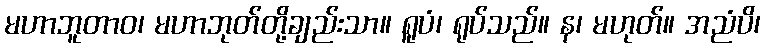
မဟာဘူတာဝ၊ မဟာဘုတ်တို့ချည်းသာ။ ရူပံ၊ ရုပ်သည်။ န၊ မဟုတ်။ အညံပိ၊